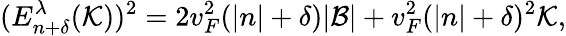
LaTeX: (E_{n+\delta}^{\lambda}(\mathcal{K}))^{2}=2v_{F}^{2}(|n|+\delta)|\mathcal{B}|+v_{F}^{2}(|n|+\delta)^{2}\mathcal{K},